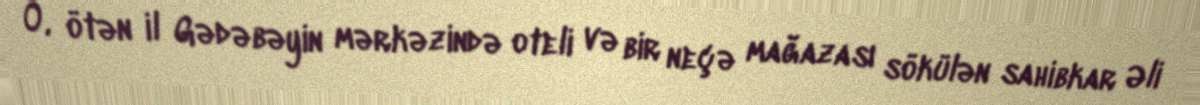
O, ötən il Gədəbəyin mərkəzində oteli və bir neçə mağazası sökülən sahibkar Əli